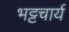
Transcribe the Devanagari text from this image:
भट्टचार्य